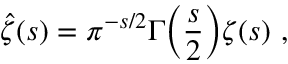
{ \hat { \zeta } } ( s ) = \pi ^ { - s / 2 } \Gamma { \biggl ( } { \frac { s } { 2 } } { \biggr ) } \zeta ( s ) \ ,